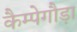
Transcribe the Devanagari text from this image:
कैम्पेगौड़ा